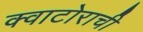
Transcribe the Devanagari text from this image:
क्वाटोराची